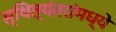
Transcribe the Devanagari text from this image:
स्थित्यंतरांमध्ये